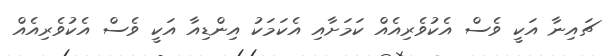
ޗައިނާ އަކީ ވެސް އެކުވެރިއެެއް ކަމަށާއި އެކަމަކު އިންޑިއާ އަކީ ވެސް އެކުވެރިއެއް